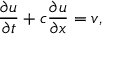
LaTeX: { \frac { \partial u } { \partial t } } + c { \frac { \partial u } { \partial x } } = v ,